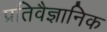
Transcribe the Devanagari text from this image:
प्रतिवैज्ञानिक